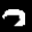
Label: 7